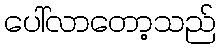
ပေါ်လာတော့သည်